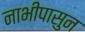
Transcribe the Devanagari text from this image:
नाभीपासुन